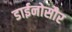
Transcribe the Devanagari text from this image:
डाईनोसौर